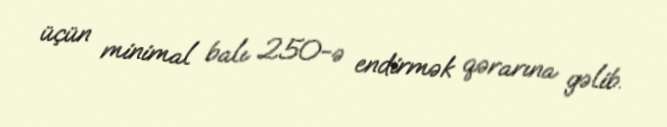
üçün minimal balı 250-ə endirmək qərarına gəlib.